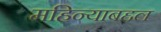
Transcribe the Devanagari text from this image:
महिन्याबद्दल